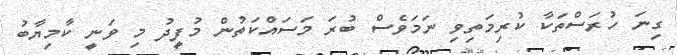
ގިނަ ހުރަސްތަކާ ކުރިމަތިވި ނަމަވެސް ބުރަ މަސައްކަތުން މުފީދު މި ވަނީ ކާމިޔާބު